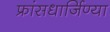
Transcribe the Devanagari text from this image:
फ्रांसधार्जिण्या